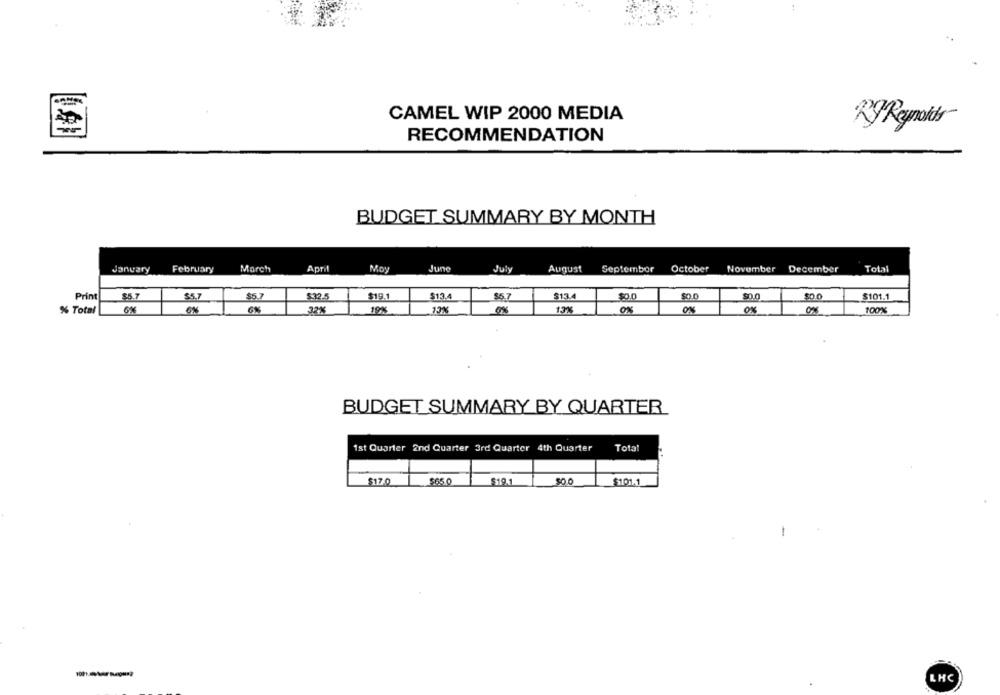
CAMEL WIP 2000 MEDIA
KJReynolds
RECOMMENDATION
BUDGET SUMMARY BY MONTH
January
February
March
April
Moy
June
July
August
September
October
November
December
Total
Print
85.7
$5,7
$5.7
532.5
$19.1
$13.4
$5.7
$13.4
$0.0
$0.0
50.0
$101.1
% Total
6%
6%
6%
32%
19%
13%
13%
ON
0%
0%
0%
100%
BUDGET SUMMARY BY QUARTER
1st Quarter 2nd Quarter 3rd Quarter 4th Quarter
Tota
$17.0
$65.0
$19.1
500
$101.1
LHC